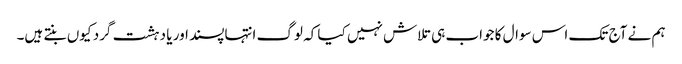
ہم نے آج تک اس سوال کا جواب ہی تلاش نہیں کیا کہ لوگ انتہاپسند اور یا دہشت گرد کیوں بنتے ہیں۔